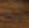
لم